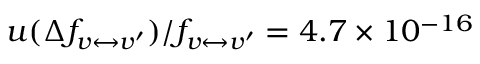
u ( \Delta f _ { v \leftrightarrow v ^ { \prime } } ) / f _ { v \leftrightarrow v ^ { \prime } } = 4 . 7 \times 1 0 ^ { - 1 6 }